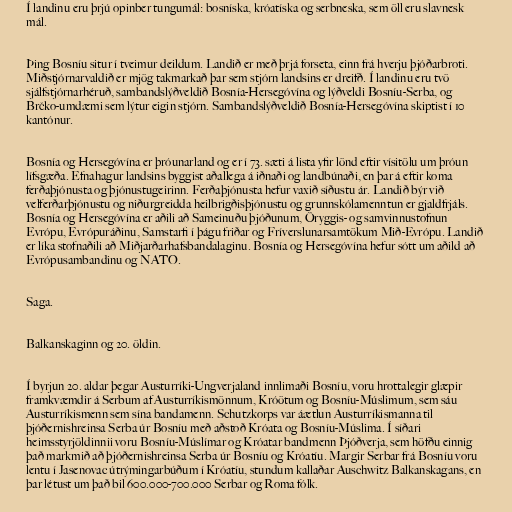
Í landinu eru þrjú opinber tungumál: bosníska, króatíska og serbneska, sem öll eru slavnesk
mál.

Þing Bosníu situr í tveimur deildum. Landið er með þrjá forseta, einn frá hverju þjóðarbroti.
Miðstjórnarvaldið er mjög takmarkað þar sem stjórn landsins er dreifð. Í landinu eru tvö
sjálfstjórnarhéruð, sambandslýðveldið Bosnía-Hersegóvína og lýðveldi Bosníu-Serba, og
Brčko-umdæmi sem lýtur eigin stjórn. Sambandslýðveldið Bosnía-Hersegóvína skiptist í 10
kantónur.

Bosnía og Hersegóvína er þróunarland og er í 73. sæti á lista yfir lönd eftir vísitölu um þróun
lífsgæða. Efnahagur landsins byggist aðallega á iðnaði og landbúnaði, en þar á eftir koma
ferðaþjónusta og þjónustugeirinn. Ferðaþjónusta hefur vaxið síðustu ár. Landið býr við
velferðarþjónustu og niðurgreidda heilbrigðisþjónustu og grunnskólamenntun er gjaldfrjáls.
Bosnía og Hersegóvína er aðili að Sameinuðu þjóðunum, Öryggis- og samvinnustofnun
Evrópu, Evrópuráðinu, Samstarfi í þágu friðar og Fríverslunarsamtökum Mið-Evrópu. Landið
er líka stofnaðili að Miðjarðarhafsbandalaginu. Bosnía og Hersegóvína hefur sótt um aðild að
Evrópusambandinu og NATO.

Saga.

Balkanskaginn og 20. öldin.

Í byrjun 20. aldar þegar Austurríki-Ungverjaland innlimaði Bosníu, voru hrottalegir glæpir
framkvæmdir á Serbum af Austurríkismönnum, Króötum og Bosníu-Múslimum, sem sáu
Austurríkismenn sem sína bandamenn. Schutzkorps var áætlun Austurríkismanna til
þjóðernishreinsa Serba úr Bosníu með aðstoð Króata og Bosníu-Múslima. Í síðari
heimsstyrjöldinnii voru Bosníu-Múslímar og Króatar bandmenn Þjóðverja, sem höfðu einnig
það markmið að þjóðernishreinsa Serba úr Bosníu og Króatíu. Margir Serbar frá Bosníu voru
lentu í Jasenovac útrýmingarbúðum í Króatíu, stundum kallaðar Auschwitz Balkanskagans, en
þar létust um það bil 600.000-700.000 Serbar og Roma fólk.